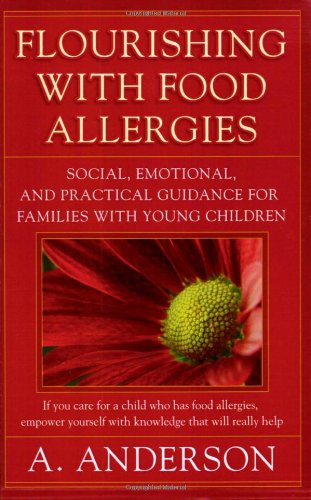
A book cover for Flourishing with Food Allergies: Social, Emotional and Practical Guidance for Families with Young Children; A Anderson; Health, Fitness & Dieting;